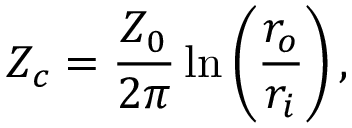
Z _ { c } = \frac { Z _ { 0 } } { 2 \pi } \ln \left( \frac { r _ { o } } { r _ { i } } \right) ,